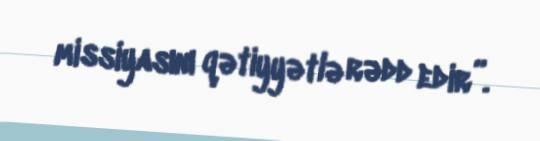
missiyasını qətiyyətlə rədd edir”.